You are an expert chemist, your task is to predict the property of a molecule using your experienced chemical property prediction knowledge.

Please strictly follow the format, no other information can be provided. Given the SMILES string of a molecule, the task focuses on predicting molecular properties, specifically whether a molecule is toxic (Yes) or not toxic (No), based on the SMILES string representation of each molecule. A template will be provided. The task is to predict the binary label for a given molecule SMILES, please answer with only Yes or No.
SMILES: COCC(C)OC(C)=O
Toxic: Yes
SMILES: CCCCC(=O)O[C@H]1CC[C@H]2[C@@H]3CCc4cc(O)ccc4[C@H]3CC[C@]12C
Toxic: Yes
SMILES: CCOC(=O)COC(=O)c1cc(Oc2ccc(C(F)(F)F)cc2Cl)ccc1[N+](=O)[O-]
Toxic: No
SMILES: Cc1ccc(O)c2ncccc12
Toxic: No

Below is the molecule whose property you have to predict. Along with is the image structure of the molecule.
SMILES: CCCC(=O)Nc1c(I)cc(I)c(CC(CC)C(=O)[O-])c1I
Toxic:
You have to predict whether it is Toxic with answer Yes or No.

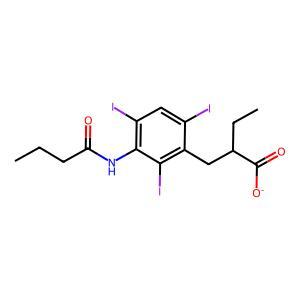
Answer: No